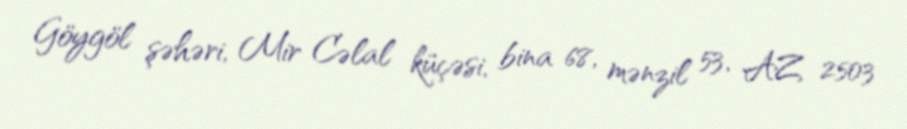
Göygöl şəhəri, Mir Cəlal küçəsi, bina 68, mənzil 53, AZ 2503